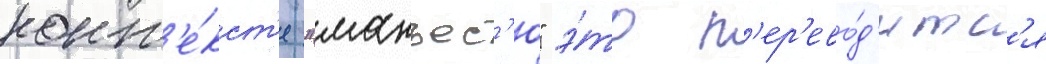
конт'е́кст'е "манъес'ю" э́то п'ер'ево́д'итс'я